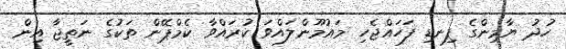
ހުދު ޔާމިންގެ ފިނޑި ފަހައްޖެހި މައުމޫންލައްވަ ކުރައްވާ ކެމްޕޭން ތަކުގެ ނަތީޖާ އިން